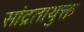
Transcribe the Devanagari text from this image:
सांद्रतायुक्त